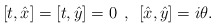
\begin{align*}[t,\hat{x}]=[t,\hat{y}]=0\:\:,\:\:[\hat{x},\hat{y}]=i\theta.\end{align*}